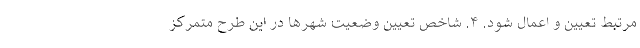
مرتبط تعیین و اعمال ‌شود. ۴. شاخص تعيين وضعيت شهرها در این طرح متمرکز